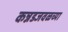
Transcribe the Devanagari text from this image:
कन्नडजवळच्या